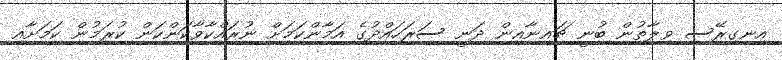
އިނގިރޭސި ވިލާތުން ބުނީ ޗައިނާއިން ދަނީ ސަރަހައްދުގެ އަމާންކަމަށް ނުރައްކާވާކަންކަން ކުރަމުން ކަމަށާއި